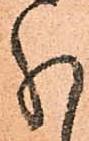
分